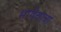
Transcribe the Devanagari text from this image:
भाषेचाचा